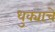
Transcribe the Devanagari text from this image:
धुक्याचे